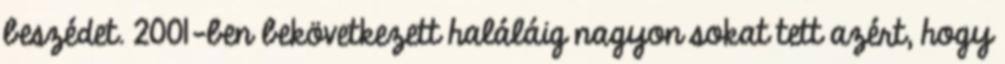
beszédet. 2001-ben bekövetkezett haláláig nagyon sokat tett azért, hogy